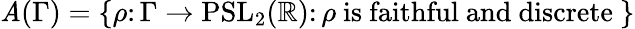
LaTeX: \mathit{A}(\Gamma)=\{ \rho\colon\Gamma\to\mathrm{{PSL}}_{2}(\mathbb{{R}})\colon\rho{\mathrm{{~is~faithful~and~discrete~}}}\}